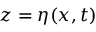
z = \eta ( x , t )